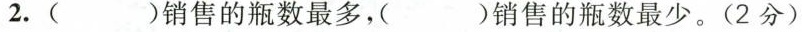
2.( )销售的瓶数最多，( )销售的瓶数最少。(2分)